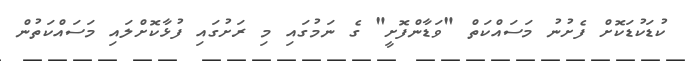
ކުޑަކުޑަކޮށް ފެށުނު މަސައްކަތް "ވަޑާންފޮށީ" ގެ ނަމުގައި މި ރަށުގައި ފުޅާކޮށްލައި މަސައްކަތުން